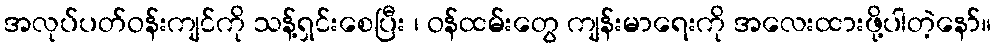
အလုပ်ပတ်ဝန်းကျင်ကို သန့်ရှင်းစေပြီး ၊ ဝန်ထမ်းတွေ ကျန်းမာရေးကို အလေးထားဖို့ပါတဲ့နော်။